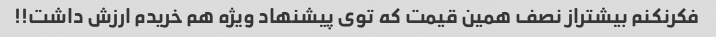
فکرنکنم بیشتراز نصف همین قیمت که توی پیشنهاد ویژه هم خریدم ارزش داشت!!